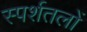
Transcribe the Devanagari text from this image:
स्पर्शतलों